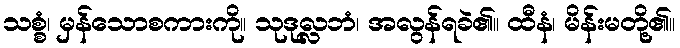
သစ္စံ၊ မှန်သောစကားကို။ သုဒုလ္လဘံ၊ အလွန်ရခဲ၏။ ထီနံ၊ မိန်းမတို့၏။